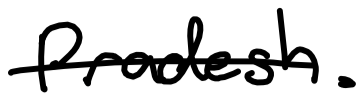
Text: Pradesh.
Cross-out: single-line
Writing tool: digital_black